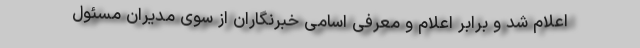
اعلام شد و برابر اعلام و معرفی اسامی خبرنگاران از سوی مدیران مسئول